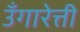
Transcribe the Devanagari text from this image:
उँगारेत्ती